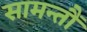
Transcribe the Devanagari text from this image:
सामन्तौं